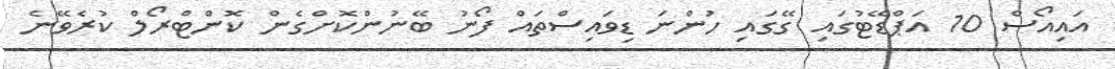
އައިއޯސް 10 އަޕްޑޭޓުގައި ގޭގައި ހުންނަ ޑިވައިސްތައް ފޯނު ބޭނުންކޮށްގެން ކޮންޓްރޯލް ކުރެވޭނެ